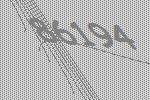
86194